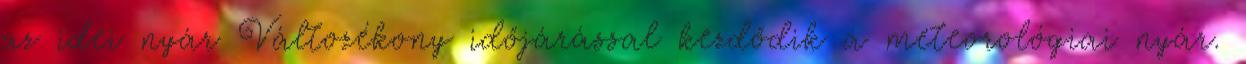
az idei nyár Változékony időjárással kezdődik a meteorológiai nyár.